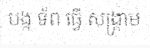
បង្ក ទ័ព ធ្វើ សង្គ្រាម